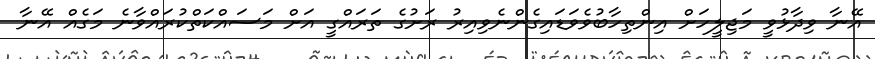
އޭނާ ވިދާޅުވީ މަޖިލީހަށް އިންތިހާބުވެވަޑައިގެންނެވިއިރު ރަށުގެ ތަރައްގީ އަށް މަސައްކަތްކުރައްވާނެ މަގެއް އޭނާ